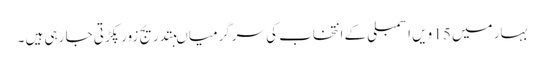
بہار میں 15 ویں اسمبلی کے انتخاب کی سرگرمیاںبتدریج زور پکڑتی جا رہی ہیں ۔